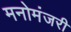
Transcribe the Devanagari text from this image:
मनोमंजरी